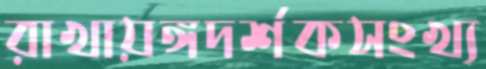
রাখায়ঙ্গদর্শকসংখ্য